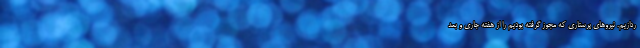
ردازیم. نیروهای پرستاری که مجوز گرفته بودیم را از هفته جاری و بعد